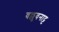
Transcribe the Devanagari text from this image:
वल्लुवनाट्ट